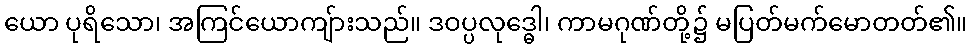
ယော ပုရိသော၊ အကြင်ယောကျ်ားသည်။ ဒဝပ္ပလုဒ္ဓေါ၊ ကာမဂုဏ်တို့၌ မပြတ်မက်မောတတ်၏။